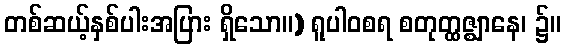
တစ်ဆယ့်နှစ်ပါးအပြား ရှိသော။) ရူပါဝစရ စတုတ္ထဇ္ဈာနေ၊ ၌။